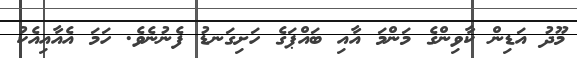
މޫދު އަޑިން ކާވިންގެ މަންމަ އާއި ބައްޕަގެ ހަށިގަނޑު ފެނުނެވެ. ހަމަ އެއާއިއެކު